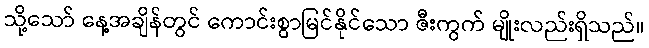
သို့သော် နေ့အချိန်တွင် ကောင်းစွာမြင်နိုင်သော ဇီးကွက် မျိုးလည်းရှိသည်။